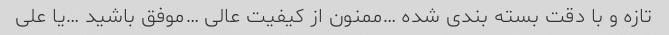
تازه و با دقت بسته بندی شده …ممنون از کیفیت عالی …موفق باشید …یا علی